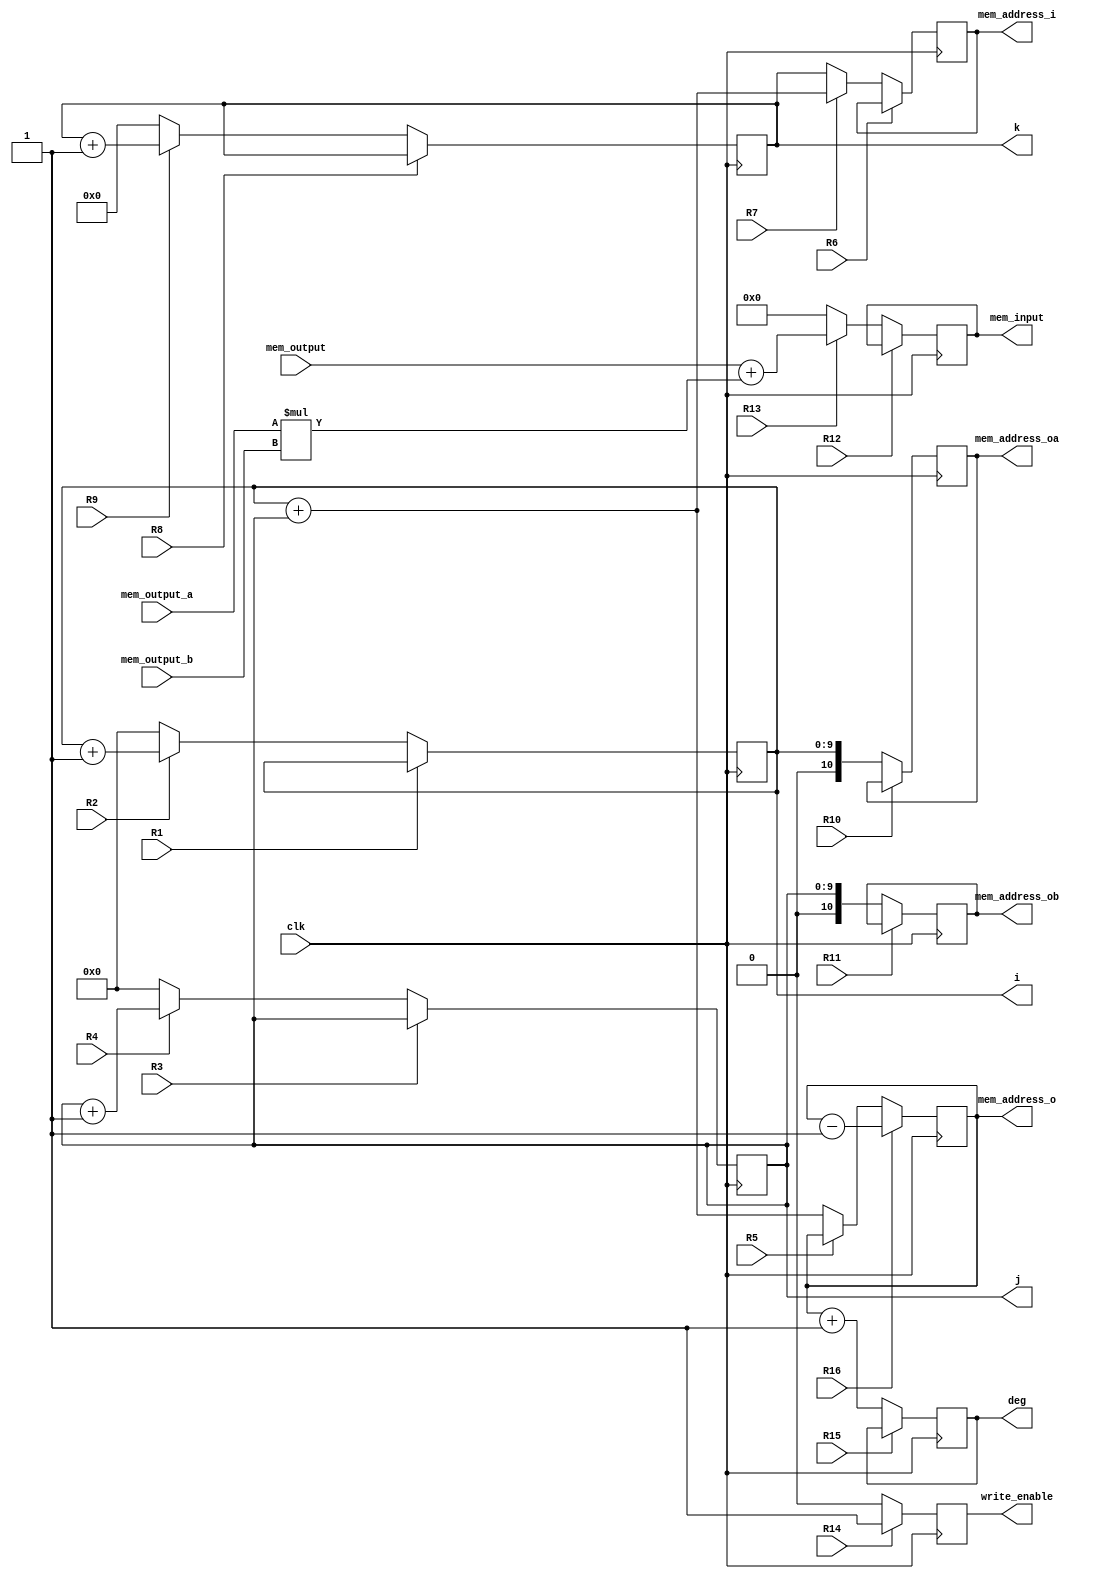
`timescale 1ns / 1ps
//////////////////////////////////////////////////////////////////////////////////
// Company: 
// Engineer: 
// 
// Design Name: 
// Module Name: Multpolyn_inv_DP
// Project Name: 
// Target Devices: 
// Tool Versions: 
// Description: 
// 
// Dependencies: 
// 
// Revision:
// Revision 0.01 - File Created
// Additional Comments:
// 
//////////////////////////////////////////////////////////////////////////////////


module Multpolyn_inv_DP(
    input clk,
    input R1, R2,R3, R4, R5,R6,R7, R8, R9, R10, R11, R12, R13,R14,R15,R16,
    input [25:0]mem_output,
    input [25:0]mem_output_a,
    input [12:0]mem_output_b,
    output reg[25:0]mem_input,
    output reg[10:0]mem_address_i,
    output reg[10:0]mem_address_o,
    output reg [10:0]mem_address_ob,
    output reg [10:0]mem_address_oa,
    output reg[9:0]i,j,
    output reg[10:0]k, deg,
    output reg write_enable 
    );

    wire [25:0] nextmem_input;
    wire [10:0] nextmem_addres_i;
    wire [10:0] nextmem_addres_o;
    wire [10:0] nextmem_addres_ob;
    wire [10:0] nextmem_addres_oa;
    wire [9:0] nexti,nextj;
    wire [10:0] nextk, nextdeg;    
    wire nextwrite_enable;
    
    // Registro M
    always @(posedge clk)
        mem_input <= nextmem_input;
    // Parte combinacional de M
    assign nextmem_input = R12 ? R13 ? (mem_input): (mem_input) : R13 ? (mem_output+(mem_output_a*mem_output_b)): (0);
    
    // Registro A
    always @(posedge clk)
        i <= nexti;
    assign nexti = R1 ? R2 ? (i): (i) : R2 ? (i+1): (0);
    
    always @(posedge clk)
        deg <= nextdeg;
    assign nextdeg = R15 ? deg:mem_address_o+1;
            
    // Registro RP
    always @(posedge clk)
        mem_address_o <= nextmem_addres_o;
    // Parte combinacional de RP
    assign nextmem_addres_o = R16 ? mem_address_o-1:R5 ? mem_address_o: (i+j);
    
    always @(posedge clk)
        mem_address_oa <= nextmem_addres_oa;
    // Parte combinacional de RP
    assign nextmem_addres_oa = R10 ? mem_address_oa: (i);
    
    always @(posedge clk)
        mem_address_ob <= nextmem_addres_ob;
    // Parte combinacional de RP
    assign nextmem_addres_ob = R11 ? mem_address_ob: (j);
    
    always @(posedge clk)
        mem_address_i <= nextmem_addres_i;
    // Parte combinacional de RP
    assign nextmem_addres_i = R6 ? R7 ? (mem_address_i): (mem_address_i) : R7 ? (i+j): (k);
    
    always @(posedge clk)
        write_enable <= nextwrite_enable;
    // Parte combinacional de RP
    assign nextwrite_enable = R14 ? (1'b1):(1'b0);
    
    // Registro M
    always @(posedge clk)
        j <= nextj;
    // Parte combinacional de M
    assign nextj =R3 ? R4 ? (j): (j) : R4 ? (j+1): (0);
    // Registro M
    always @(posedge clk)
        k <= nextk;
    // Parte combinacional de M
    assign nextk = R8 ? R9 ? (k): (k) : R9 ? (k+1): (0);
    

endmodule